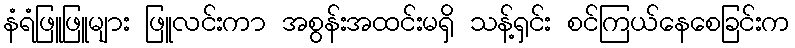
နံရံဖြူဖြူများ ဖြူလင်းကာ အစွန်းအထင်းမရှိ သန့်ရှင်း စင်ကြယ်နေစေခြင်းက